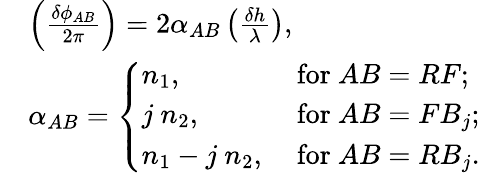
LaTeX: \begin{array}{rl}&{\left(\frac{\delta\phi_{AB}}{2\pi}\right)=2\alpha_{AB}\left(\frac{\delta h}{\lambda}\right),}\\ &{\alpha_{AB}=\left\{ \begin{array}{ll}{n_{1},}&{\mathrm{~for~}AB=RF;}\\ {j~n_{2},}&{\mathrm{~for~}AB=FB_{j};}\\ {n_{1}-j~n_{2},}&{\mathrm{~for~}AB=RB_{j}.}\end{array}\right.}\end{array}